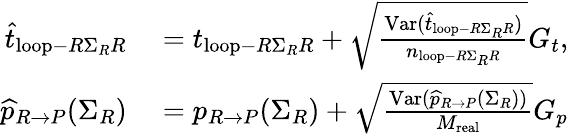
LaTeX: \begin{array}{rl}{\widehat{t}_{\mathrm{loop}-R\Sigma_{R}R}}&{{}=t_{\mathrm{loop}-R\Sigma_{R}R}+\sqrt{\frac{\mathrm{Var}(\widehat{t}_{\mathrm{loop}-R\Sigma_{R}R})}{n_{\mathrm{loop}-R\Sigma_{R}R}}}G_{t},}\\ {\widehat{p}_{R\rightarrow P}(\Sigma_{R})}&{{}=p_{R\rightarrow P}(\Sigma_{R})+\sqrt{\frac{\mathrm{Var}(\widehat{p}_{R\rightarrow P}(\Sigma_{R}))}{M_{\mathrm{real}}}}G_{p}}\end{array}